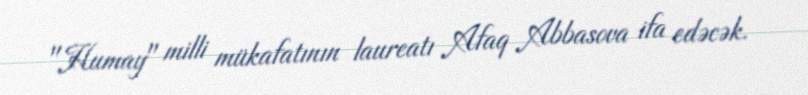
"Humay" milli mükafatının laureatı Afaq Abbasova ifa edəcək.